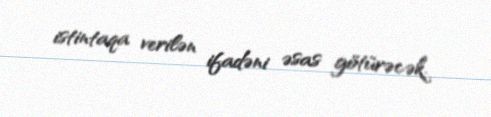
istintaqa verilən ifadəni əsas götürəcək.